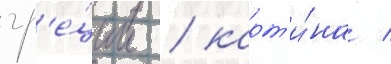
гр'е́ции / карт'и́на /